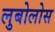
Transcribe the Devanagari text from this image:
लुबोलोस